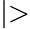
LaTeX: \mid>